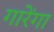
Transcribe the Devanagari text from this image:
गारेंगा